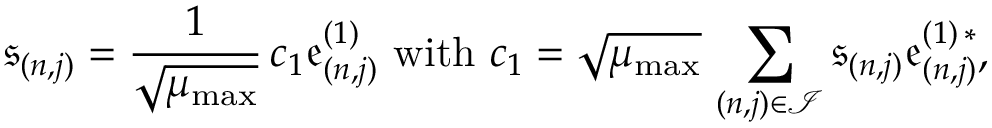
\mathfrak { s } _ { ( n , j ) } = \frac { 1 } { \sqrt { \mu _ { \mathrm { m a x } } } } \, c _ { 1 } \mathfrak { e } _ { ( n , j ) } ^ { ( 1 ) } \ \mathrm { w i t h } \ c _ { 1 } = \sqrt { \mu _ { \mathrm { m a x } } } \, \sum _ { ( n , j ) \in \mathcal { I } } \mathfrak { s } _ { ( n , j ) } \mathfrak { e } _ { ( n , j ) } ^ { ( 1 ) \, \ast } ,